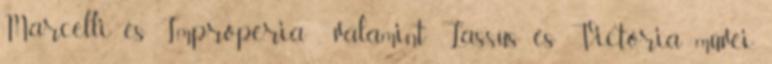
Marcelli és Improperia , valamint Lassus és Victoria művei.